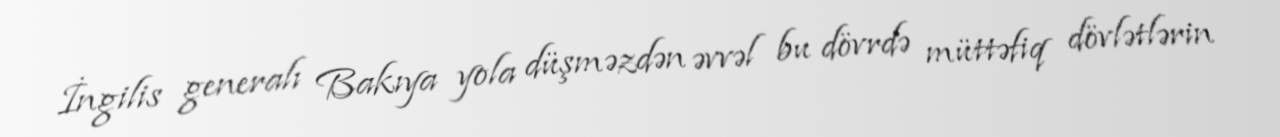
İngilis generalı Bakıya yola düşməzdən əvvəl bu dövrdə müttəfiq dövlətlərin